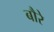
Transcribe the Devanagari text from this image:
बौरे